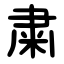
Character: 粛